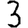
Digit: 3